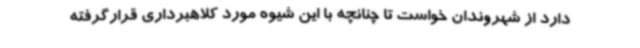
دارد از شهروندان خواست تا چنانچه با این شیوه مورد کلاهبرداری قرارگرفته